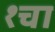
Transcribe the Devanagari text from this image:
१चा